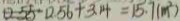
1 2 . 5 6 - 0 . 5 6 + 3 . 1 4 = 1 5 . 7 ( m ^ { 2 } )